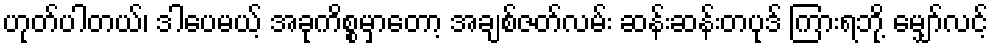
ဟုတ်ပါတယ်၊ ဒါပေမယ့် အခုကိစ္စမှာတော့ အချစ်ဇတ်လမ်း ဆန်းဆန်းတပုဒ် ကြားရဘို့ မျှော်လင့်